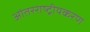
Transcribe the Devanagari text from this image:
आंतरराष्ट्रीयकरण